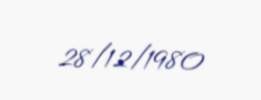
28/12/1980